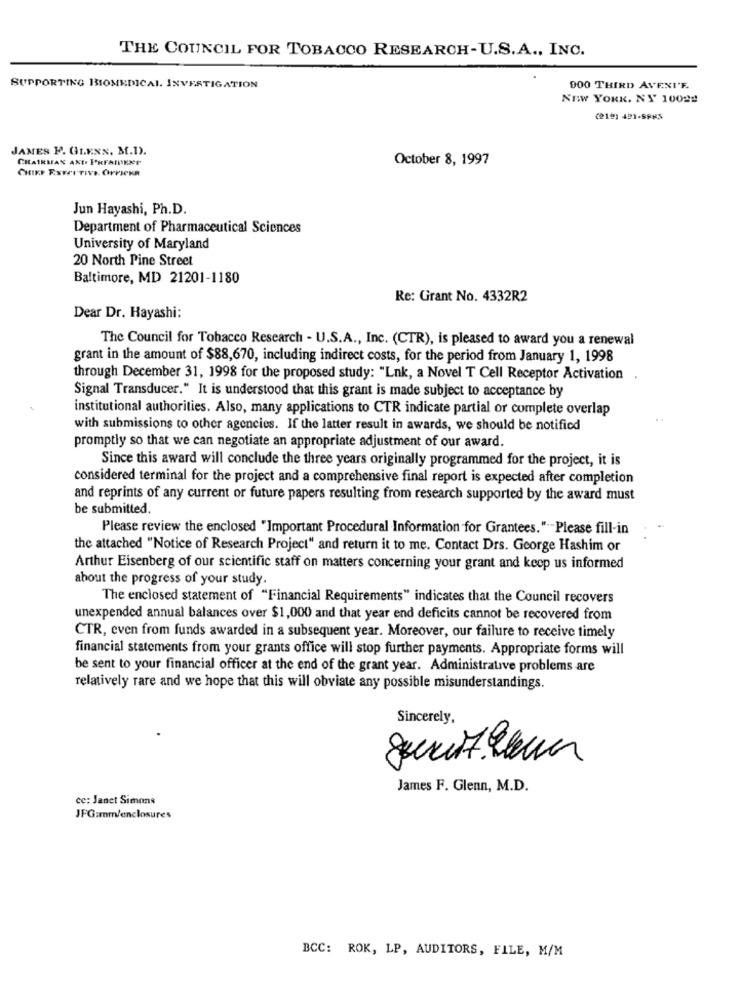
THE COUNCIL FOR TOBACCO RESEARCH-U.S.A ., INC.
SUPPORTING BIOMEDICAL. INVESTIGATION
900 THIRD AVENI'F.
NEW YORK, NY 10022
(210) 421-SPKS
JAMES F. GLENN, M.D).
CHAIRMAN AND PKFAIDENT
October 8, 1997
CHIEF EXECUTIVE. OFFICKR
Jun Hayashi, Ph.D.
Department of Pharmaceutical Sciences
University of Maryland
20 North Pine Street
Baltimore, MD 21201-1180
Re: Grant No. 4332R2
Dear Dr. Hayashi:
The Council for Tobacco Research - U.S.A ., Inc. (CTR), is pleased to award you a renewal
grant in the amount of $88,670, including indirect costs, for the period from January 1, 1998
through December 31, 1998 for the proposed study: "Lnk, a Novel T Cell Receptor Activation .
Signal Transducer." It is understood that this grant is made subject to acceptance by
institutional authorities. Also, many applications to CTR indicate partial or complete overlap
with submissions to other agencies. If the latter result in awards, we should be notified
promptly so that we can negotiate an appropriate adjustment of our award.
Since this award will conclude the three years originally programmed for the project, it is
considered terminal for the project and a comprehensive final report is expected after completion
and reprints of any current or future papers resulting from research supported by the award must
be submitted.
Please review the enclosed "Important Procedural Information for Grantees."-Please fill-in
the attached "Notice of Research Project" and return it to me. Contact Drs. George Hashim or
Arthur Eisenberg of our scientific staff on matters concerning your grant and keep us informed
about the progress of your study.
The enclosed statement of "Financial Requirements" indicates that the Council recovers
unexpended annual balances over $1,000 and that year end deficits cannot be recovered from
CTR, even from funds awarded in a subsequent year. Moreover, our failure to receive timely
financial statements from your grants office will stop further payments. Appropriate forms will
be sent to your financial officer at the end of the grant year. Administrative problems are
relatively rare and we hope that this will obviate any possible misunderstandings.
Sincerely,
James F. Glenn, M.D.
cc: Janet Simons
JFG:mm/enclosures
BCC: ROK, LP, AUDITORS, FILE, M/M